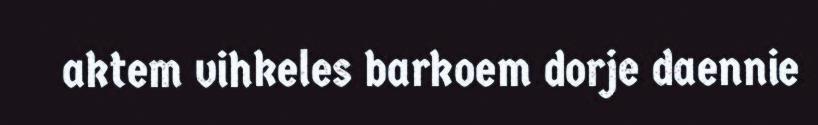
aktem vihkeles barkoem dorje daennie